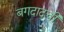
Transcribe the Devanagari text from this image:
बगदादची